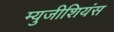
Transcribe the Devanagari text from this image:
म्युजीशियंस